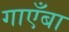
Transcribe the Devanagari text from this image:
गाएँबा